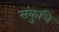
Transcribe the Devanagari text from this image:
संकुचि